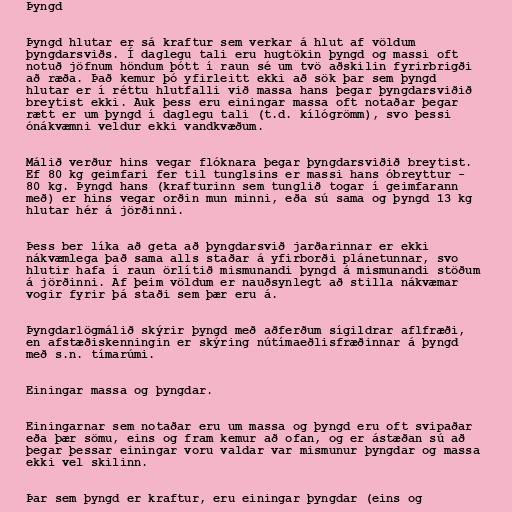
Þyngd

Þyngd hlutar er sá kraftur sem verkar á hlut af völdum
þyngdarsviðs. Í daglegu tali eru hugtökin þyngd og massi oft
notuð jöfnum höndum þótt í raun sé um tvö aðskilin fyrirbrigði
að ræða. Það kemur þó yfirleitt ekki að sök þar sem þyngd
hlutar er í réttu hlutfalli við massa hans þegar þyngdarsviðið
breytist ekki. Auk þess eru einingar massa oft notaðar þegar
rætt er um þyngd í daglegu tali (t.d. kílógrömm), svo þessi
ónákvæmni veldur ekki vandkvæðum.

Málið verður hins vegar flóknara þegar þyngdarsviðið breytist.
Ef 80 kg geimfari fer til tunglsins er massi hans óbreyttur -
80 kg. Þyngd hans (krafturinn sem tunglið togar í geimfarann
með) er hins vegar orðin mun minni, eða sú sama og þyngd 13 kg
hlutar hér á jörðinni.

Þess ber líka að geta að þyngdarsvið jarðarinnar er ekki
nákvæmlega það sama alls staðar á yfirborði plánetunnar, svo
hlutir hafa í raun örlítið mismunandi þyngd á mismunandi stöðum
á jörðinni. Af þeim völdum er nauðsynlegt að stilla nákvæmar
vogir fyrir þá staði sem þær eru á.

Þyngdarlögmálið skýrir þyngd með aðferðum sígildrar aflfræði,
en afstæðiskenningin er skýring nútímaeðlisfræðinnar á þyngd
með s.n. tímarúmi.

Einingar massa og þyngdar.

Einingarnar sem notaðar eru um massa og þyngd eru oft svipaðar
eða þær sömu, eins og fram kemur að ofan, og er ástæðan sú að
þegar þessar einingar voru valdar var mismunur þyngdar og massa
ekki vel skilinn.

Þar sem þyngd er kraftur, eru einingar þyngdar (eins og